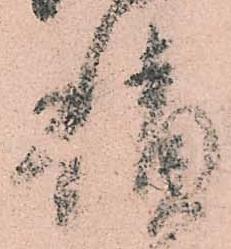
積